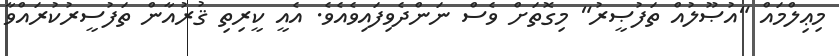
މިޢިލްމައް "އުޞޫލުއް ތަފުޞީރު" މިގޮތަށް ވެސް ނަންދެވިފައިވެއެވެ. އެއީ ކީރިތި ޤުރުއާން ތަފުސީރުކުރައްވާ